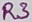
Text: R3